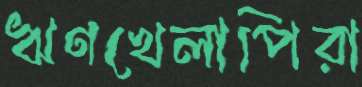
ঋণখেলাপিরা